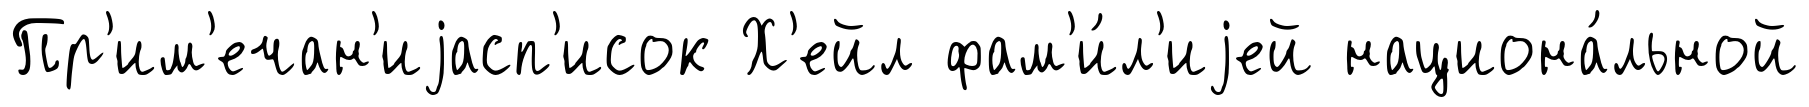
Пр'им'ечан'иjасп'исок Х'ейл фам'и́л'иjей национа́льной